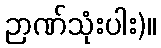
ဉာဏ်သုံးပါး)။